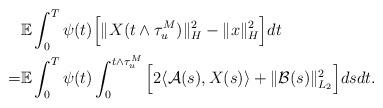
LaTeX: \begin{align*}& \mathbb{E} \int_0^T \psi(t) \Big[ \Vert X (t\wedge\tau_u^M) \Vert_H^2 - \Vert x \Vert_H^2 \Big] dt \\= & \mathbb{E} \int_0^T \psi(t) \int_0^{t\wedge\tau_{u}^M} \Big[ 2\langle \mathcal{A}(s), X(s)\rangle + \Vert \mathcal{B}(s) \Vert_{L_2}^2 \Big] ds dt .\end{align*}